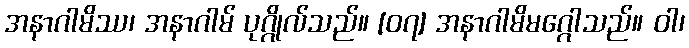
အနာဂါမိဿ၊ အနာဂါမ် ပုဂ္ဂိုလ်သည်။ [၀၇] အနာဂါမိမဂ္ဂေါသည်။ ဝါ၊